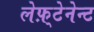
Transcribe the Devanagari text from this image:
लेफ़्टेनेन्ट